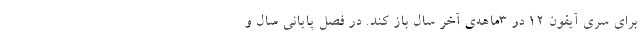
برای سری آیفون ۱۲ در ۳ماهه‌ی آخر سال باز کند. در فصل پایانی سال و